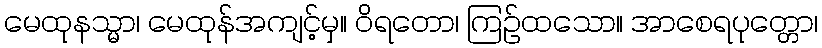
မေထုနသ္မာ၊ မေထုန်အကျင့်မှ။ ဝိရတော၊ ကြဉ်ထသော။ အာစေရပုတ္တော၊